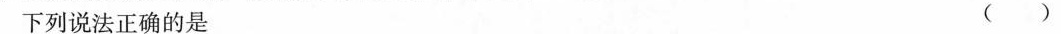
下列说法正确的是 ()